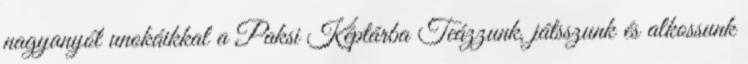
nagyanyót unokáikkal a Paksi Képtárba Teázzunk, játsszunk és alkossunk